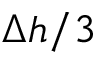
\Delta h / 3